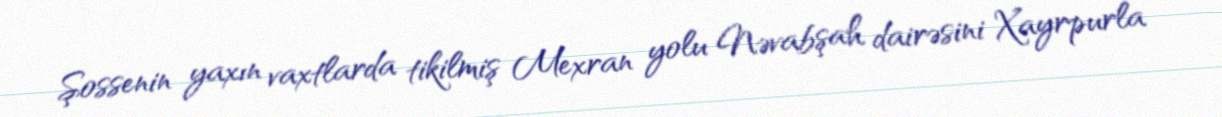
Şossenin yaxın vaxtlarda tikilmiş Mexran yolu Nəvabşah dairəsini Xayrpurla